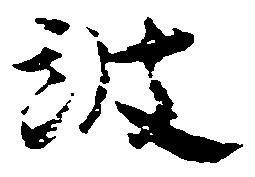
波